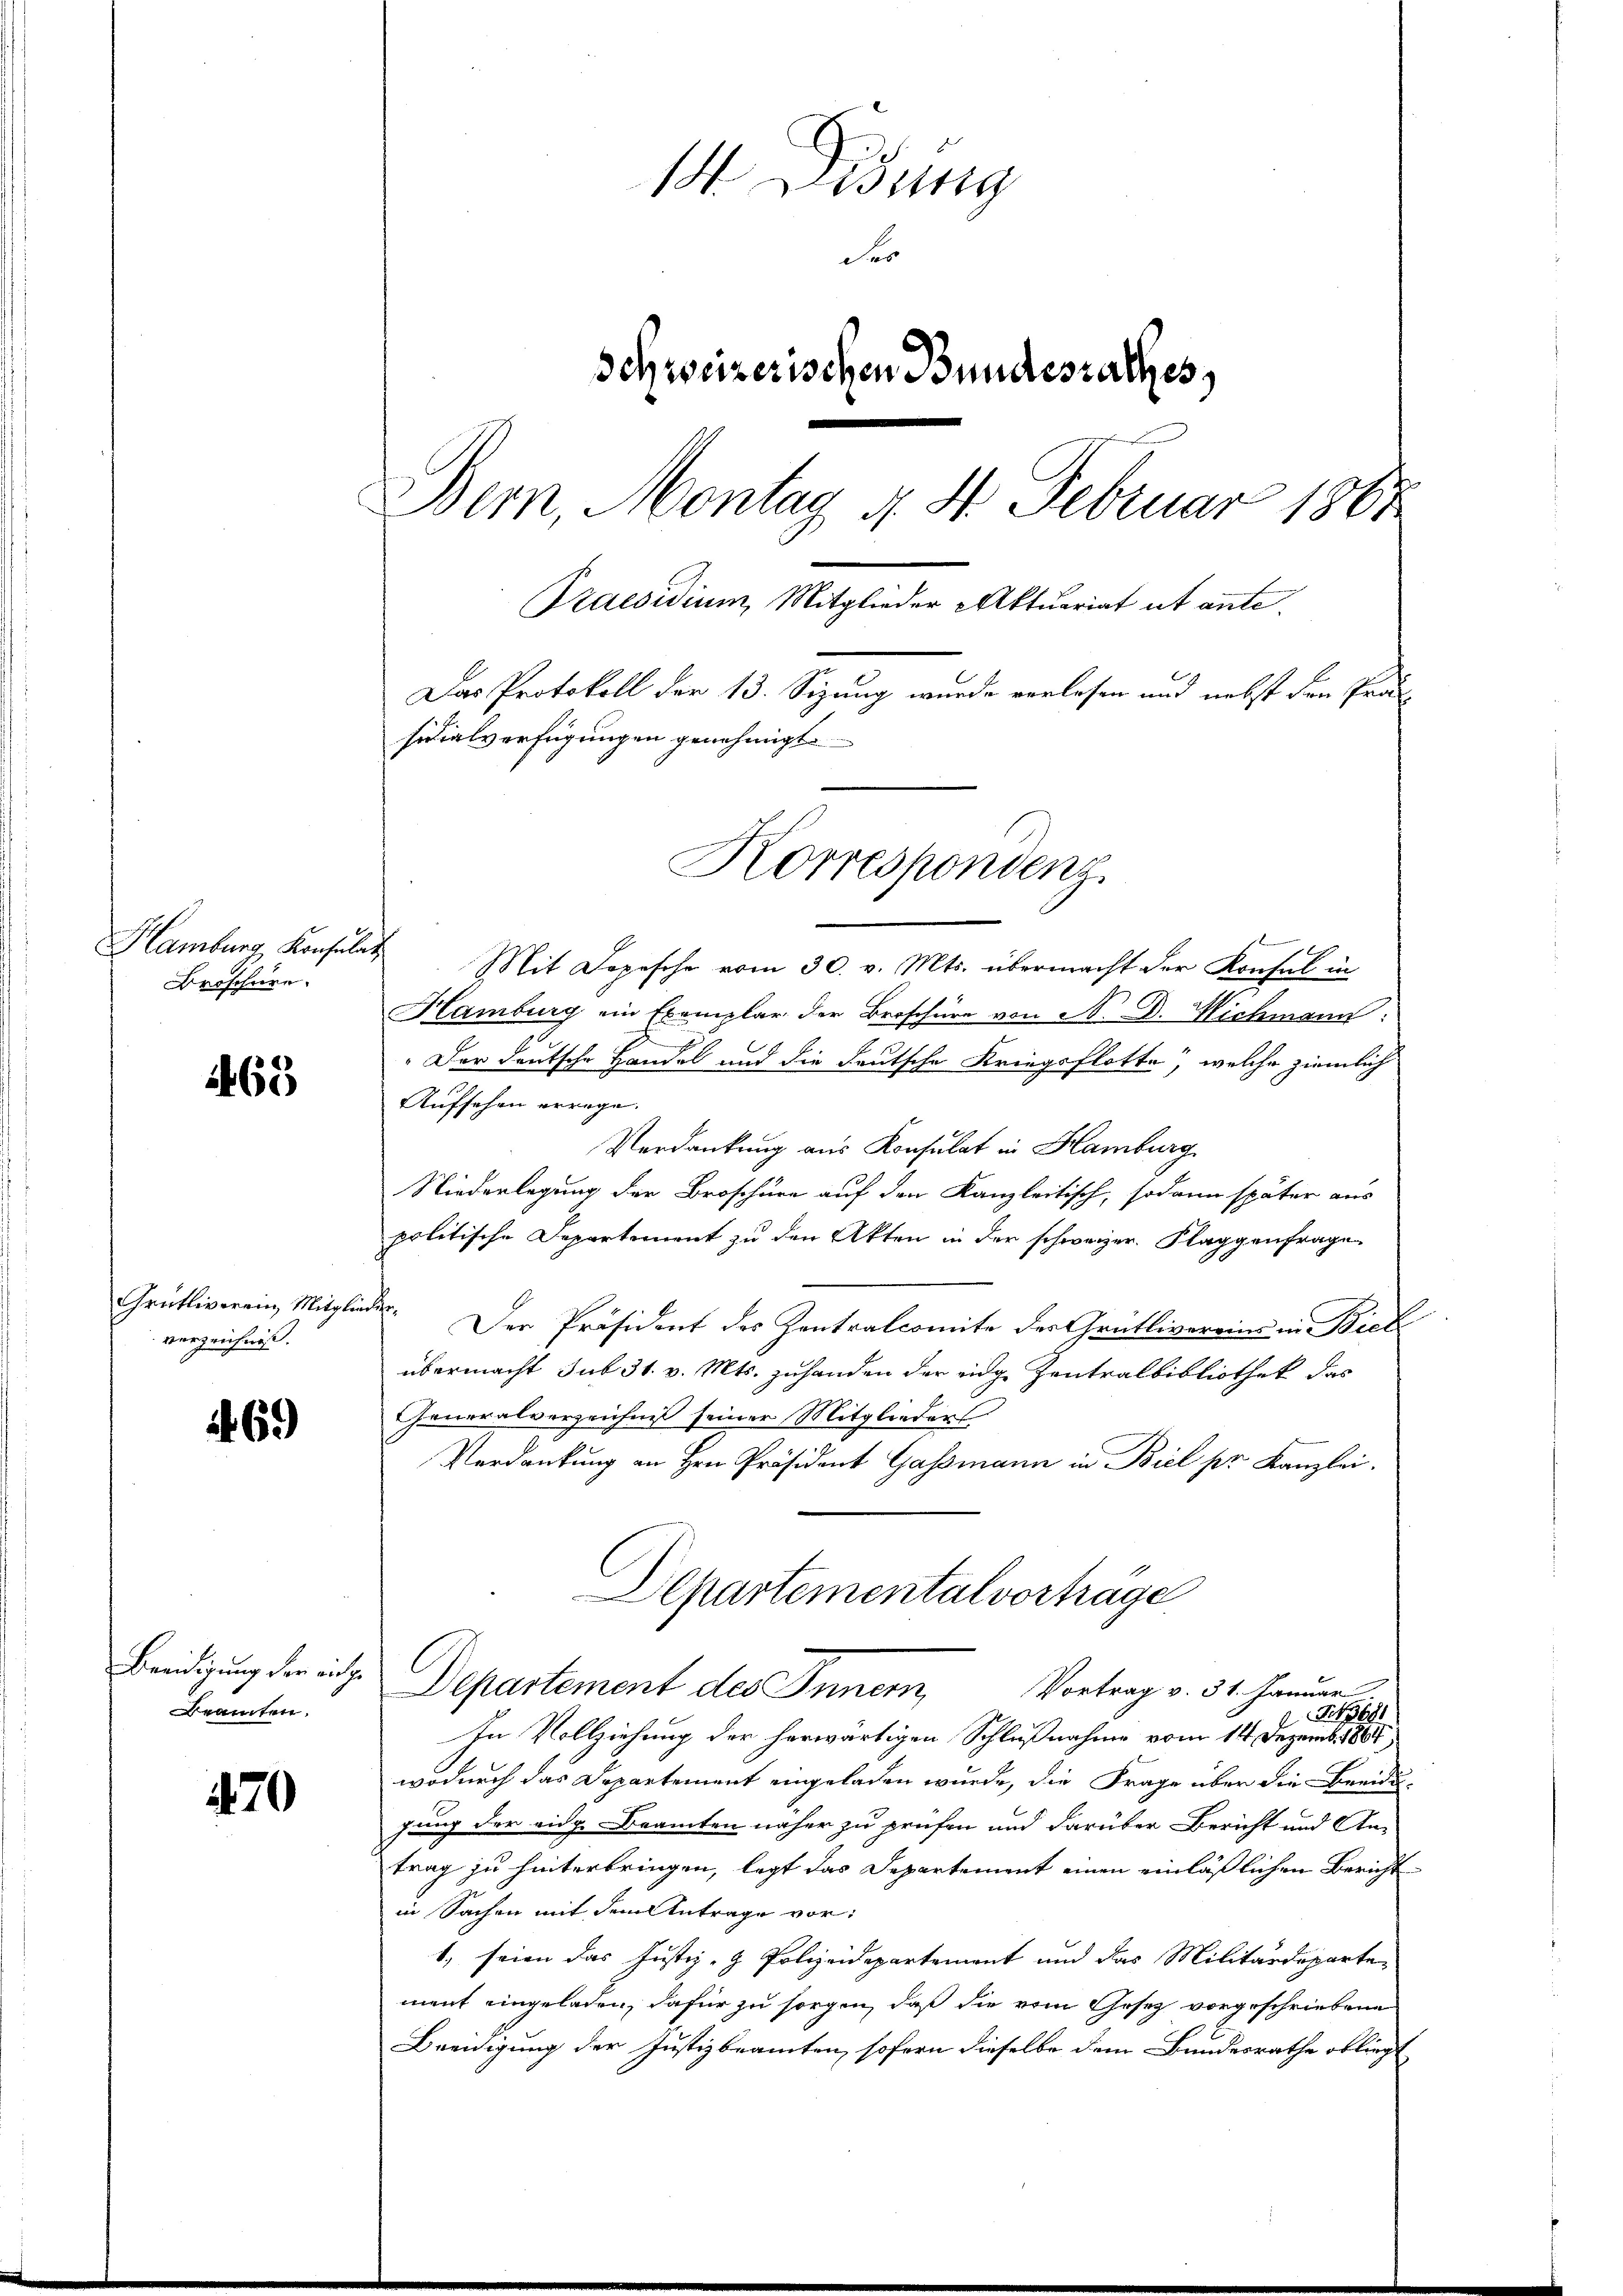
Broschere.

463

Grütliverein, Mitglieder.
verzeichnis.

69

eamten.

470

1 Didung
F
Schweizerischen Bundesrathes,
Bern, Montag 4. St. Februar 1888
Praesidium, Mitglieder Aktuariat et ante.
Das Protokoll der 13. Sizung wurde verlesen und nebst den Pro
sidialverfügungen genehmigt.
Korrespondenz.

Hamburg Konsulat Mit Lopesche vom 30. v. Mts. übermacht der Konsul in
Hamburg ein Exemplar der Broschüre von N. D. Wichmann
Der deutsche Handel und die deutsche Kriegsflotte, welche ziemlich
Aufsehen errage.
Verdankung aus Konsulat in Hamburg
Niederlegung der Broschüre auf den Kanzleitisch, sodann später aus
politische Departement zu den Akten in der schweizer. Klaggenfrage
Der Präsident des Zentralcomite der Grütlivereine in Bich
übermacht sub 31. v. Mts. zuhanden der eidge Zentralbibliothek das
Generalverzeichniß seiner Mitglieders
Verdankung an Hrn. Präsident Gassmann in Biel pr Kanzlei.
Departemental vorträge
Beeidigung der inge Departement des Inner, Vortrag v. 31. Januar
 681
In Vollziehung der herwärtigen Schlußnahme vom 14. Dezemb. 1887
wodurch das Departement eingeladen wurde, die Frage über die Beeidi-
gung der eidg. Beamten näher zu prüfen und darüber Bericht und An-
trag zu hinterbringen, legt das Departement einen einläßlichen Bericht
in Sachen mit dem Antrage vor¬
1, seien das Justiz- & Polizeidepartement und das Militärdeparte
ment eingeladen, dafür zu sorgen, daß die vom Gesetz vorgeschriebene
Beeidigung der Justizbeamten, sofern dieselbe dem Bundesrathe obliegt